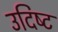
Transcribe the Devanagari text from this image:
उदिष्‍ट